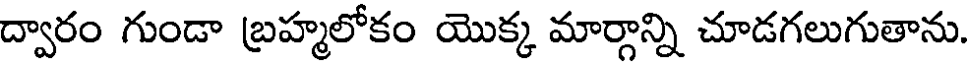
ద్వారం గుండా బ్రహ్మలోకం యొక్క మార్గాన్ని చూడగలుగుతాను.